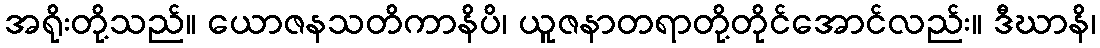
အရိုးတို့သည်။ ယောဇနသတိကာနိပိ၊ ယူဇနာတရာတို့တိုင်အောင်လည်း။ ဒီဃာနိ၊